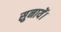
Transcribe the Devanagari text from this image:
सुनायें।